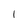
Character: l